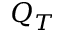
Q _ { T }